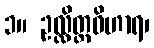
၁။ ဥလ္လိတ္တဝိဟာရ၊